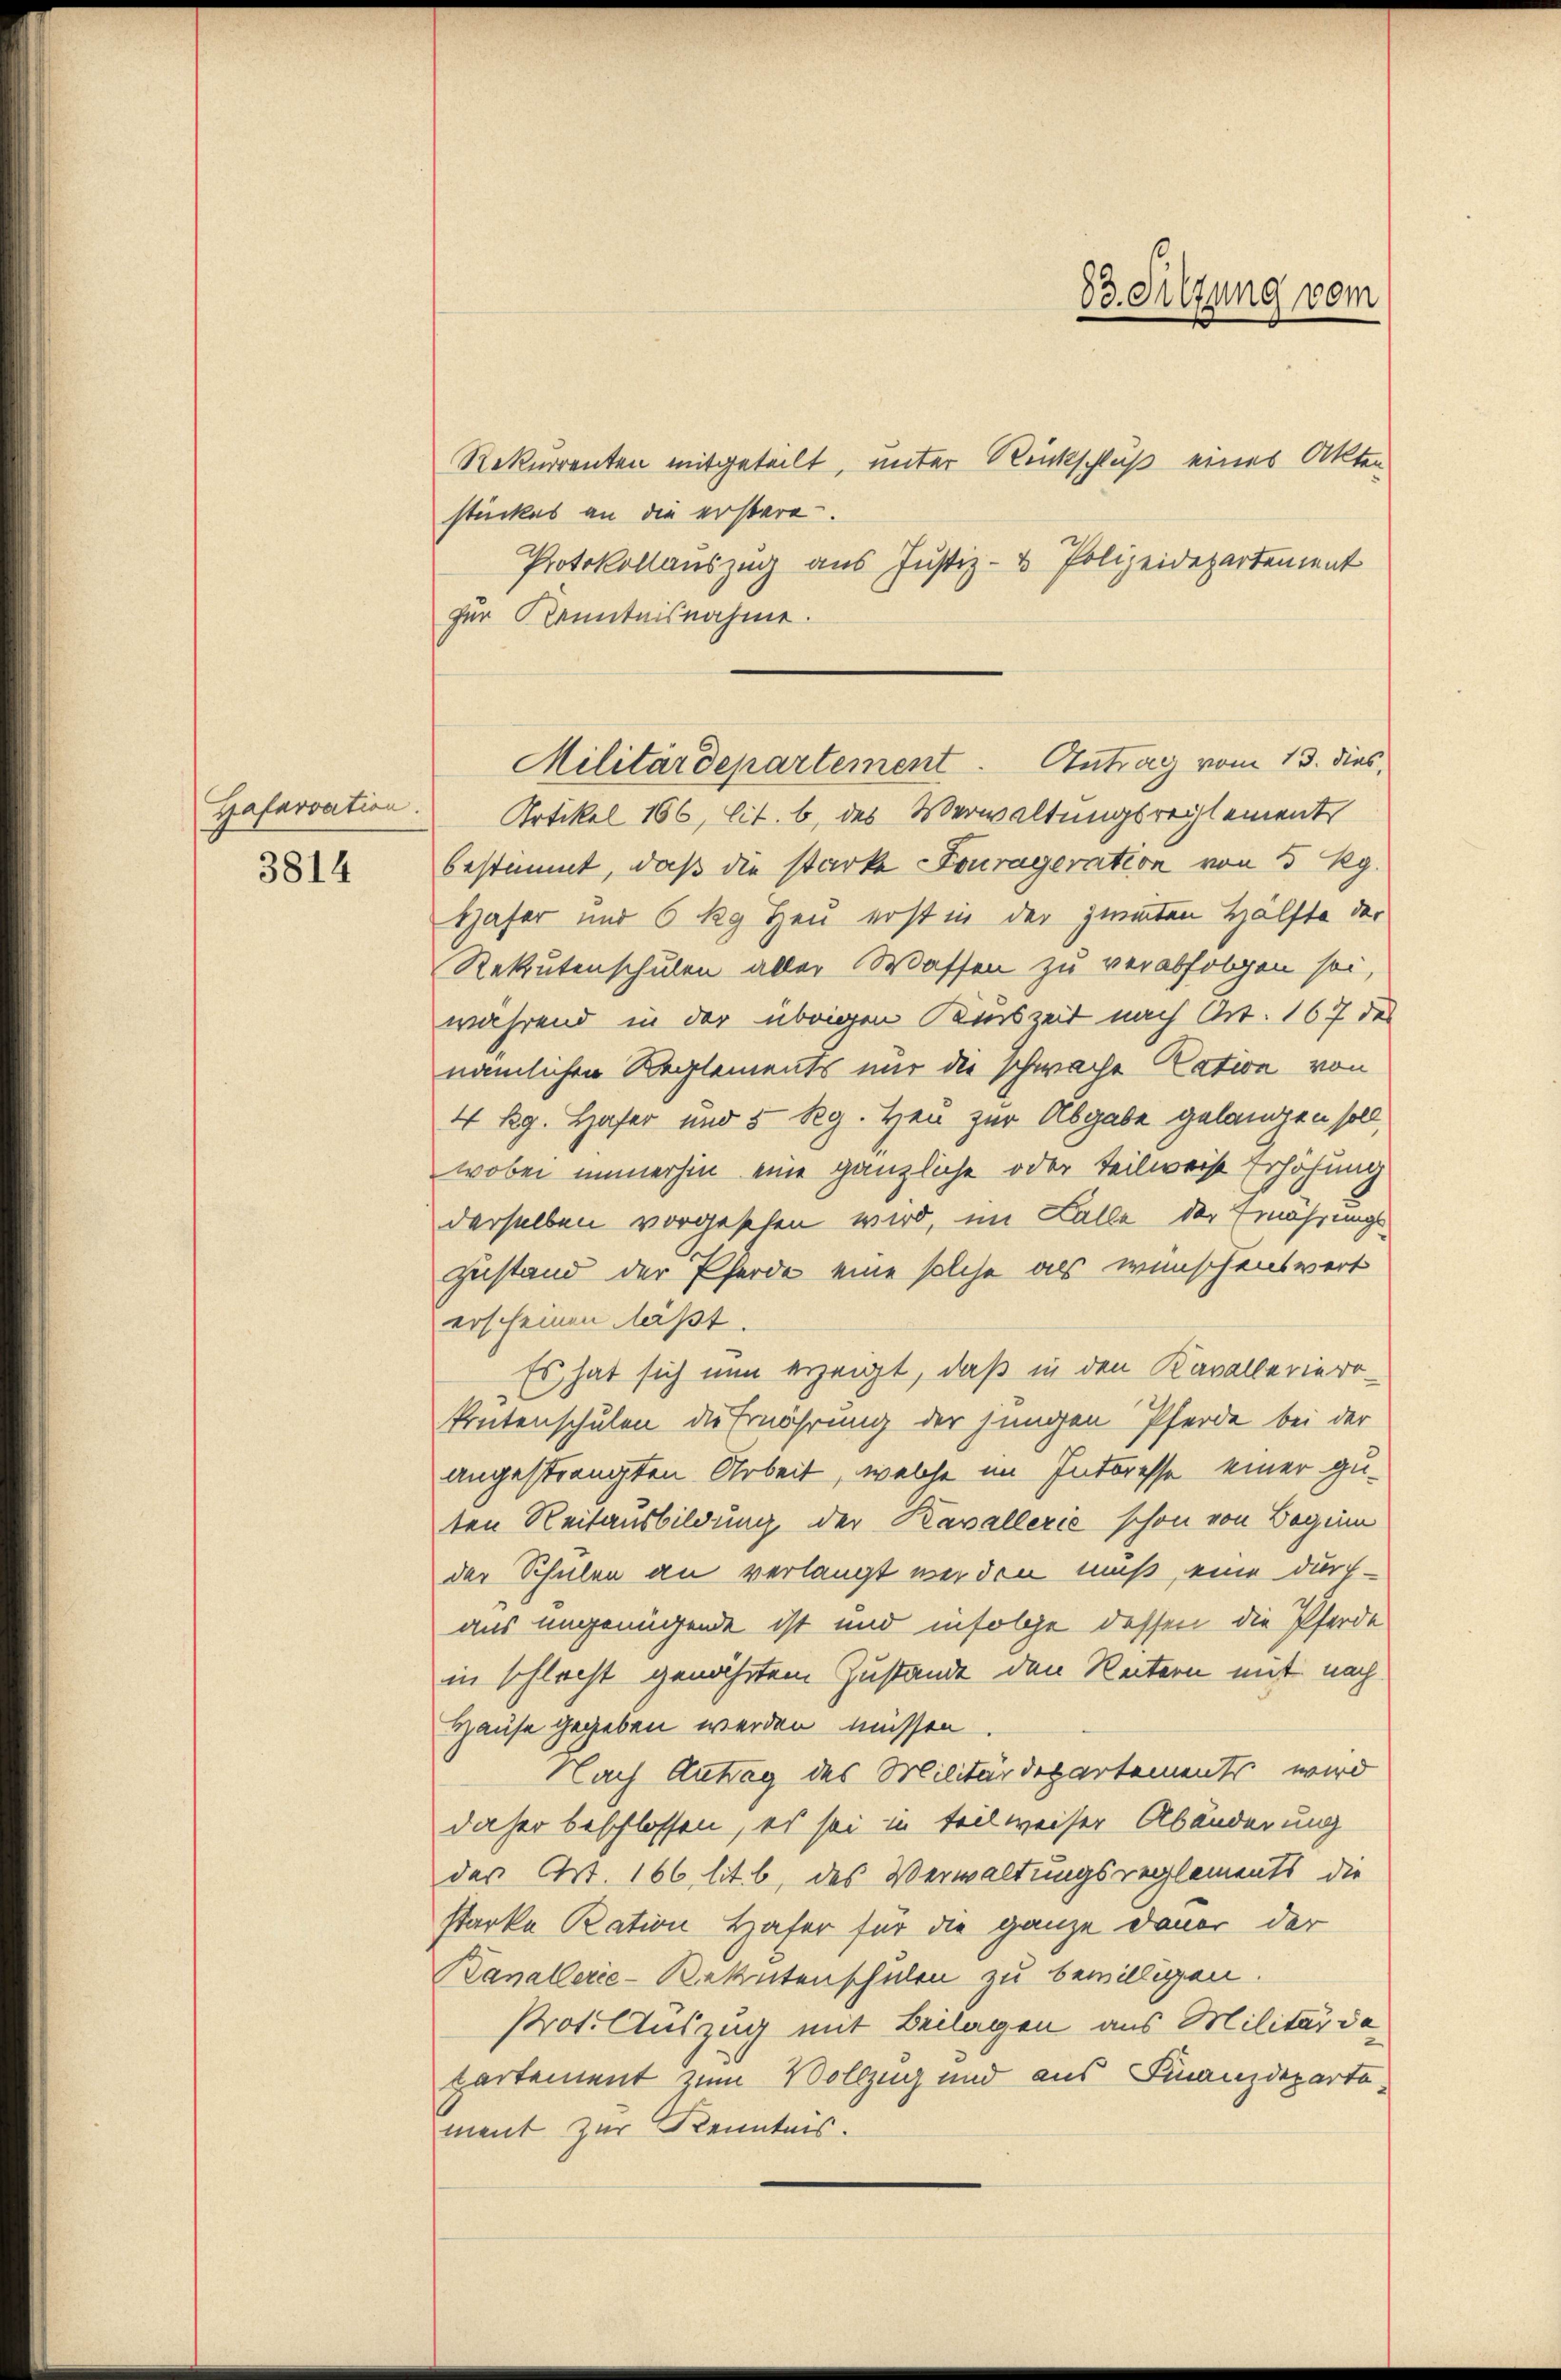
Gafarvation
3814

Rekurrenten mitgeteilt, unter Rückschluß eines Akten
stückes an die erstere.
Protokollauszug aus Justiz- & Polizeidepartement
zer Kenntnisnahme.
Artikel 166, lit. b, des Verwaltungsreglement
bestimmt, daß die starke Fourageration von 5 Kg.
Hafer und 6 kg Heu erst in der Zimmten Hälfte der
Rekrutenschulen aller Wassen zu verabfolgen sei,
während in der übrigen Kenszeit nach Art. 167 des
nämlichen Reglements mir die schwache Ration von
4 Rg. Hafer und 5 Rg. Heu zur Abgabe gelangen soll
wobei immerhin eine gänzliche oder teilweise Erhöhung
derselben vorgesehen wird, im Falle der Ernährungs¬
Zustand der Pferde eine solche als wünschenswert
erscheinen läßt.
Es hat sich nun erzeigt, daß in den Kavallerierokrutenschulen die Ernährung der jungen Pferde bei der
angestrengten Arbeit, welche im Interesse einer guten Reitausbildung der Kavallerie schon von Begei
der Schulen an verlangt werden muß, eine durch-
aus ungenügende ist und infolge dessen die Pferde
in schlecht genährtem Zustande den Reitern mit nach¬
Hause gegeben werden müssen
Nach Antrag des Militärdepartements wird
daher beschlossen, es sei in teilweiser Abänderung
der Art. 166 lit. b, des Verwaltungsreglements die
starke Ration Hafer für die ganze Dauer der
Kanallerie-Bakutenschulen zu bewilligen.
Prot. Auszug mit Beilagen aus Militär dapartement zum Vollzug und aus Finanzdepartement zur Kenntnis.

Militärdepartement. Antrag vom 13. dies

83. Sitzung vom